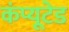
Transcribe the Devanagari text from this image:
कंप्यूटेड